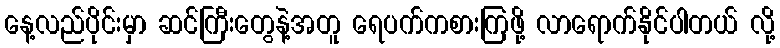
နေ့လည်ပိုင်းမှာ ဆင်ကြီးတွေနဲ့အတူ ရေပက်ကစားကြဖို့ လာရောက်နိုင်ပါတယ် လို့